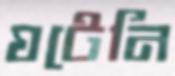
ঘটেনি